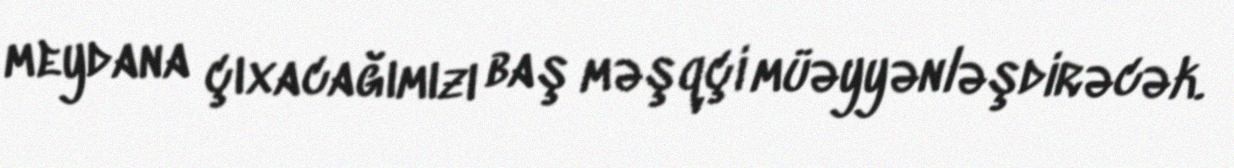
meydana çıxacağımızı baş məşqçi müəyyənləşdirəcək.